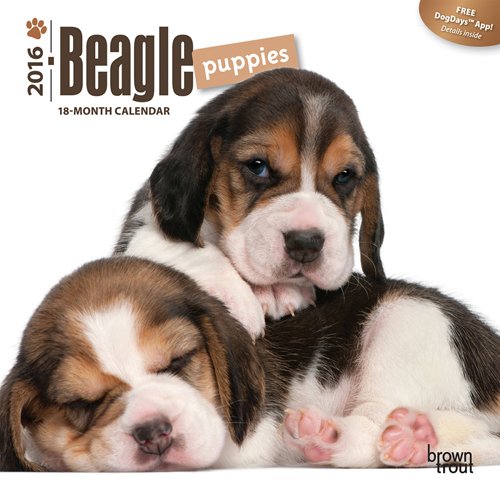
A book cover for Beagle Puppies 2016 Mini 7x7 (Multilingual Edition); Browntrout Publishers; Calendars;